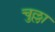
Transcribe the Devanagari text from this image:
चुल्ला